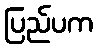
ပြည်ပက